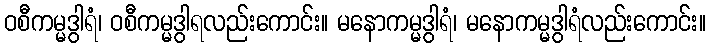
ဝစီကမ္မဒွါရံ၊ ဝစီကမ္မဒွါရလည်းကောင်း။ မနောကမ္မဒွါရံ၊ မနောကမ္မဒွါရံလည်းကောင်း။